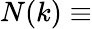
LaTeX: N(k)\equiv